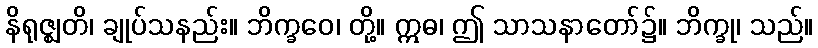
နိရုဇ္ဈတိ၊ ချုပ်သနည်း။ ဘိက္ခဝေ၊ တို့။ ဣဓ၊ ဤ သာသနာတော်၌။ ဘိက္ခု၊ သည်။